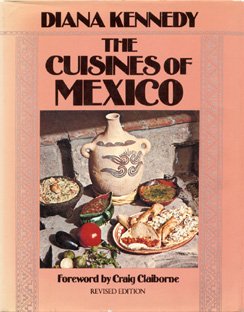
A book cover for Cuisines of Mexico; Diana Kennedy; Cookbooks, Food & Wine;